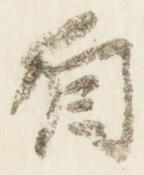
自